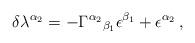
LaTeX: \begin{align*}\delta\lambda^{\alpha_2} = -\Gamma^{\alpha_2}{}_{\beta_1}\epsilon^{\beta_1}+\epsilon^{\alpha_2}\, ,\end{align*}